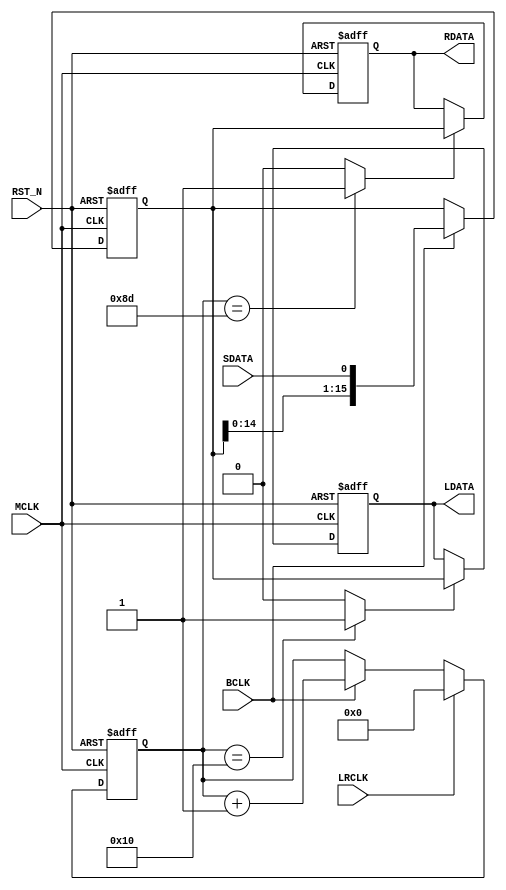
module S_P(
  RST_N,
  MCLK,
  SDATA,
  LRCLK,
  BCLK,
  LDATA,
  RDATA
);

input RST_N;
input MCLK;
input SDATA;
input LRCLK;
input BCLK;
output[15:0] LDATA;
output[15:0] RDATA;

wire   RST_N;
wire   MCLK;
wire   SDATA;
wire   LRCLK;
wire   BCLK;
reg   [15:0] LDATA;
reg   [15:0] RDATA;


reg  [15:0] pdata_tmp;
wire  rdata_latch;
wire  ldata_latch;
reg  [7:0] counter256;

// architecture S_P
//-----------------------------------------------------------------
always@(posedge MCLK or negedge RST_N)  begin
  if ((RST_N == 1'b0)  )  begin
    pdata_tmp <= {16{1'b0}};
  end
  else  begin
    if ((BCLK == 1'b1)  )  begin
      pdata_tmp <= {pdata_tmp[14:0] ,SDATA};
    end
  end
end

//-----------------------------------------------------------------
always@(posedge MCLK or negedge RST_N)  begin
  if ((RST_N == 1'b0)  )  begin
    LDATA <= {0{1'b0}};
  end
  else  begin
    if ((ldata_latch == 1'b1)  )  begin
      LDATA <= pdata_tmp;
    end
  end
end

//-----------------------------------------------------------------
always@(posedge MCLK or negedge RST_N)  begin
  if ((RST_N == 1'b0)  )  begin
    RDATA <= {16{1'b0}};
  end
  else  begin
    if ((rdata_latch == 1'b1)  )  begin
      RDATA <= pdata_tmp;
    end
  end
end

//-----------------------------------------------------------------
always@(posedge MCLK or negedge RST_N)  begin
  if ((RST_N == 1'b0)  )  begin
    counter256 <= {8{1'b0}};
  end
  else  begin
    if ((LRCLK == 1'b1)  )  begin
      counter256 <= {8{1'b0}};
    end
    else if ((BCLK == 1'b1)  )  begin
      counter256 <= counter256 + 1;
    end
  end
end

//-----------------------------------------------------------------
assign ldata_latch = (counter256 == 16)? 1'b1 : 1'b0;
assign rdata_latch = (counter256 == (125 + 16))? 1'b1 : 1'b0;
// architecture S_P

endmodule